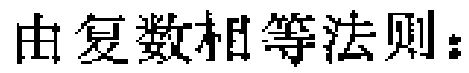
由复数相等法则：